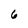
Character: 6